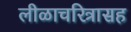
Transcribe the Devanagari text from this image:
लीळाचरित्रासह